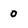
Character: 0